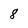
Character: 8